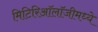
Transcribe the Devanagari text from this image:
मिटिरिऑलॉजीमध्ये